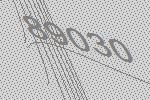
89030